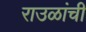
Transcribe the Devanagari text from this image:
राउळांची